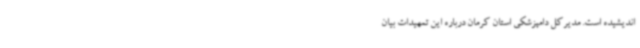
اندیشیده است. مدیرکل دامپزشکی استان کرمان درباره این تمهیدات بیان